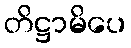
တိဋ္ဌာမိပေ